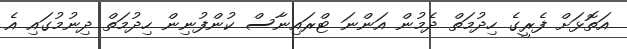
އަތޮޅަށް ފެރީގެ ހިދުމަތް ދެމުން އަންނަ ޓްރައިނާސް ކުންފުނިން ހިދުމަތް ދިނުމުގައި އެ